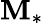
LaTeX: \mathbf{M}_{*}